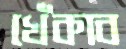
খেঁকাব